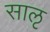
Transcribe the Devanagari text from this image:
साऌ